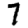
Digit: 7